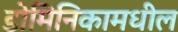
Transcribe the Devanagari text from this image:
डोमिनिकामधील